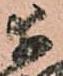
幸